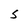
Character: S